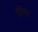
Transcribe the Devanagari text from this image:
डॉसर